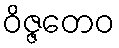
ဝိဇ္ဇတေဝ